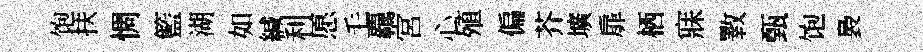
饱扶惆籃湖如緘利愿毛覊宮心殖偏芥壙扉栖寐斁甄饱裊